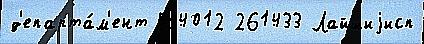
д'епарта́м'ент 584012 261433 Лайшиjисп